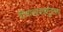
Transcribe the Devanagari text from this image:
विचारप्रवाहांनुसार